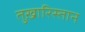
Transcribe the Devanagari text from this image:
तुख़ारिस्तान